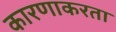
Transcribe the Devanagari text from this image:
कारणाकरता